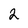
Character: 2